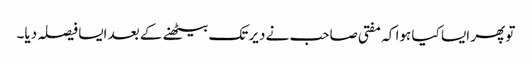
تو پھر ایسا کیا ہوا کہ مفتی صاحب نے دیر تک بیٹھنے کے بعد ایسا فیصلہ دیا۔